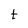
Character: t